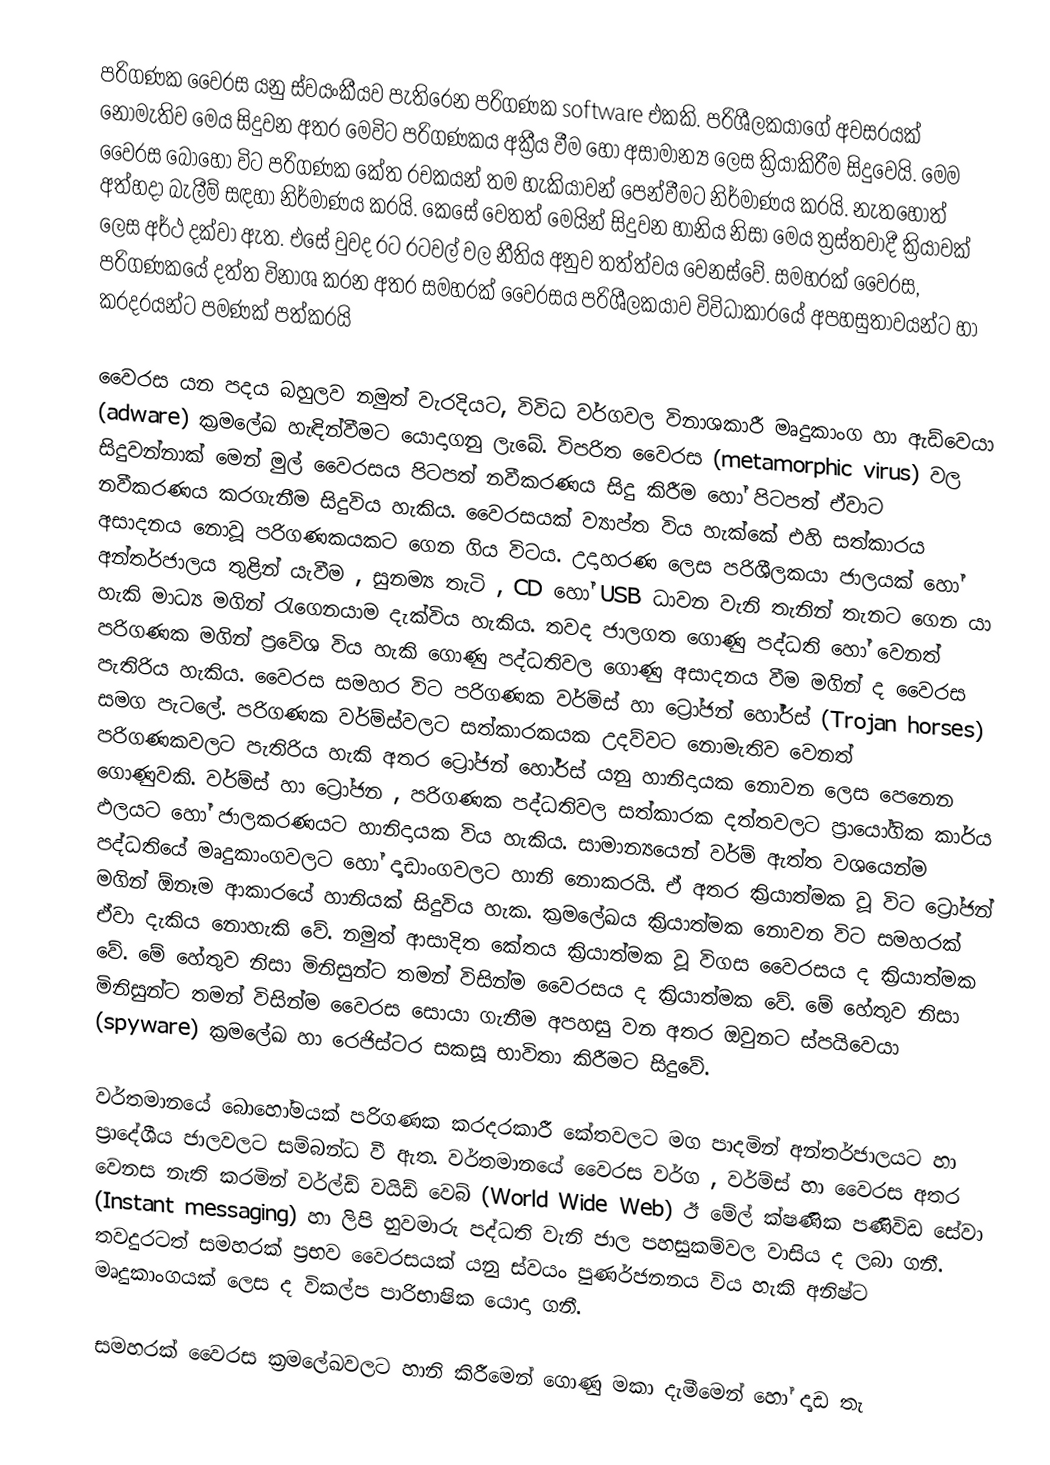
පරිගණක වෛරස යනු ස්වයංකීයව පැතිරෙන පරිගණක software එකකි. පරිශීලකයාගේ අවසරයක් නොමැතිව මෙය සිදුවන අතර මෙවිට පරිගණක‍ය අක්‍රීය වීම හෝ අසාමාන්‍ය ලෙස ක්‍රියාකිරීම සිදුවෙයි. මෙම වෛරස බොහෝ විට පරිගණක කේත රචකයන් තම හැකියාවන් පෙන්වීමට නිර්මාණය කරයි. නැතහොත් අත්හදා බැලීම් සඳහා නිර්මාණය කරයි. කෙසේ වෙතත් මෙයින් සිදුවන හානිය නිසා මෙය ත්‍රස්තවාදී ක්‍රියාවක් ලෙස අර්ථ දක්වා ඇත. එසේ වුවද ර‍ට රටවල් වල නීතිය අනුව තත්ත්වය වෙනස්වේ. සමහරක් වෛරස, පරිගණකයේ දත්ත විනාශ කරන අතර සමහරක් ‍වෛරසය පරිශීලකයාව විවිධාකාරයේ අපහසුතාවයන්ට හා කරදරයන්ට පමණක් ‍පත්කරයි

වෛරස යන පදය බහුලව නමුත් වැරදියට, විවිධ වර්ගවල විනාශකාරී මෘදුකාංග හා ඇඩ්වෙයා (adware) ක්‍රමලේඛ හැඳින්වීමට යොදාගනු ලැබේ. විපරිත වෛරස (metamorphic virus) වල සිදුවන්නාක් මෙන් මුල් වෛරසය පිටපත් නවීකරණය සිදු කිරීම හෝ පිටපත් ඒවාට නවීකරණය කරගැනීම සිදුවිය හැකිය. වෛරසයක් ව්‍යාප්ත විය හැක්කේ එහි සත්කාරය අසාදනය නොවූ පරිගණකයකට ගෙන ගිය විටය. උදාහරණ ලෙස පරිශීලකයා ජාලයක් හෝ අන්තර්ජාලය තුළින් යැවීම , සුනම්‍ය තැටි , CD හෝ USB ධාවන වැනි තැනින් තැනට ගෙන යා හැකි මාධ්‍ය මගින් රැගෙනයාම දැක්විය හැකිය. තවද ජාලගත ගොණු පද්ධති හෝ වෙනත් පරිගණක මගින් ප්‍රවේශ විය හැකි ගොණු පද්ධතිවල ගොණු අසාදනය වීම මගින් ද වෛරස පැතිරිය හැකිය. වෛරස සමහර විට පරිගණක වර්මිස් හා ට්‍රෝජන් හෝර්ස් (Trojan horses) සමග පැටලේ. පරිගණක වර්ම්ස්වලට සත්කාරකයක උදව්වට නොමැතිව වෙනත් පරිගණකවලට පැතිරිය හැකි අතර ට්‍රෝජන් හෝර්ස් යනු හානිදායක ‍නොවන ලෙස පෙනෙන ගොණුවකි. වර්ම්ස් හා ට්‍රෝජන , පරිගණක පද්ධතිවල සත්කාරක දත්තවලට ප්‍රායෝගික කාර්ය ඵලයට හෝ ජාලකරණයට හානිදායක විය හැකිය. සාමාන්‍යයෙන් වර්ම් ඇත්ත වශයෙන්ම පද්ධතියේ මෘදුකාංගවලට හෝ දෘඩාංගවලට හානි නොකරයි. ඒ අතර ක්‍රියාත්මක වූ විට ට්‍රෝජන් මගින් ඕනෑම ආකාරයේ හානියක් සිදුවිය හැක. ක්‍රමලේඛය ක්‍රියාත්මක නොවන විට සමහරක් ඒවා දැකිය නොහැකි වේ. නමුත් ආසාදිත කේතය ක්‍රියාත්මක වූ විගස වෛරසය ද ක්‍රියාත්මක වේ. මේ හේතුව නිසා මිනිසුන්ට තමන් විසින්ම වෛරසය ද ක්‍රියාත්මක වේ. මේ හේතුව නිසා මිනිසුන්ට තමන් විසින්ම වෛරස සොයා ගැනීම අපහසු වන අතර ඔවුනට ස්පයිවෙයා (spyware) ක්‍රමලේඛ හා රෙජිස්ටර සකසූ භාවිතා කිරීමට සිදුවේ.

වර්තමානයේ බොහෝමයක් පරිගණක කරදරකාරී කේතවලට මග පාදමින් අන්තර්ජාලයට හා ප්‍රාදේශීය ජාලවලට සම්බන්ධ වී ඇත. වර්තමානයේ වෛරස වර්ග , වර්ම්ස් හා වෛරස අතර වෙනස නැති කරමින් වර්ල්ඩ් වයිඩ් වෙබ් (World Wide Web) ඊ මේල් ක්ෂණික පණිවිඩ සේවා (Instant messaging) හා ලිපි හුවමාරු පද්ධති වැනි ජාල පහසුකම්වල වාසිය ද ලබා ගනී. තවදුරටත් සමහරක් ප්‍රභව වෛරසයක් යනු ස්වයං පුණර්ජනනය විය හැකි අනිෂ්ට මෘදුකාංගයක් ලෙස ද විකල්ප පාරිභාෂික යොදා ගනී.

සමහරක් වෛරස ක්‍රමලේඛවලට හානි කිරීමෙන් ගොණු මකා දැමීමෙන් හෝ දෘඩ තැ